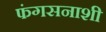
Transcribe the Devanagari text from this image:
फंगसनाशी